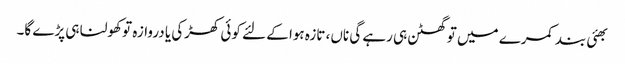
بھئی بند کمرے میں تو گھٹن ہی رہے گی ناں، تازہ ہوا کے لئے کوئی کھڑکی یا دروازہ تو کھولنا ہی پڑے گا۔